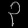
Digit: ၃